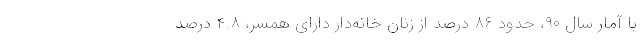
با آمار سال ۹۰، حدود ۸۶ درصد از زنان خانه‌دار دارای همسر، ۴.۸ درصد